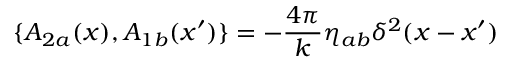
\{ A _ { 2 a } ( x ) , A _ { 1 b } ( x ^ { \prime } ) \} = - \frac { 4 \pi } { k } \eta _ { a b } \delta ^ { 2 } ( x - x ^ { \prime } )